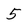
Character: 5